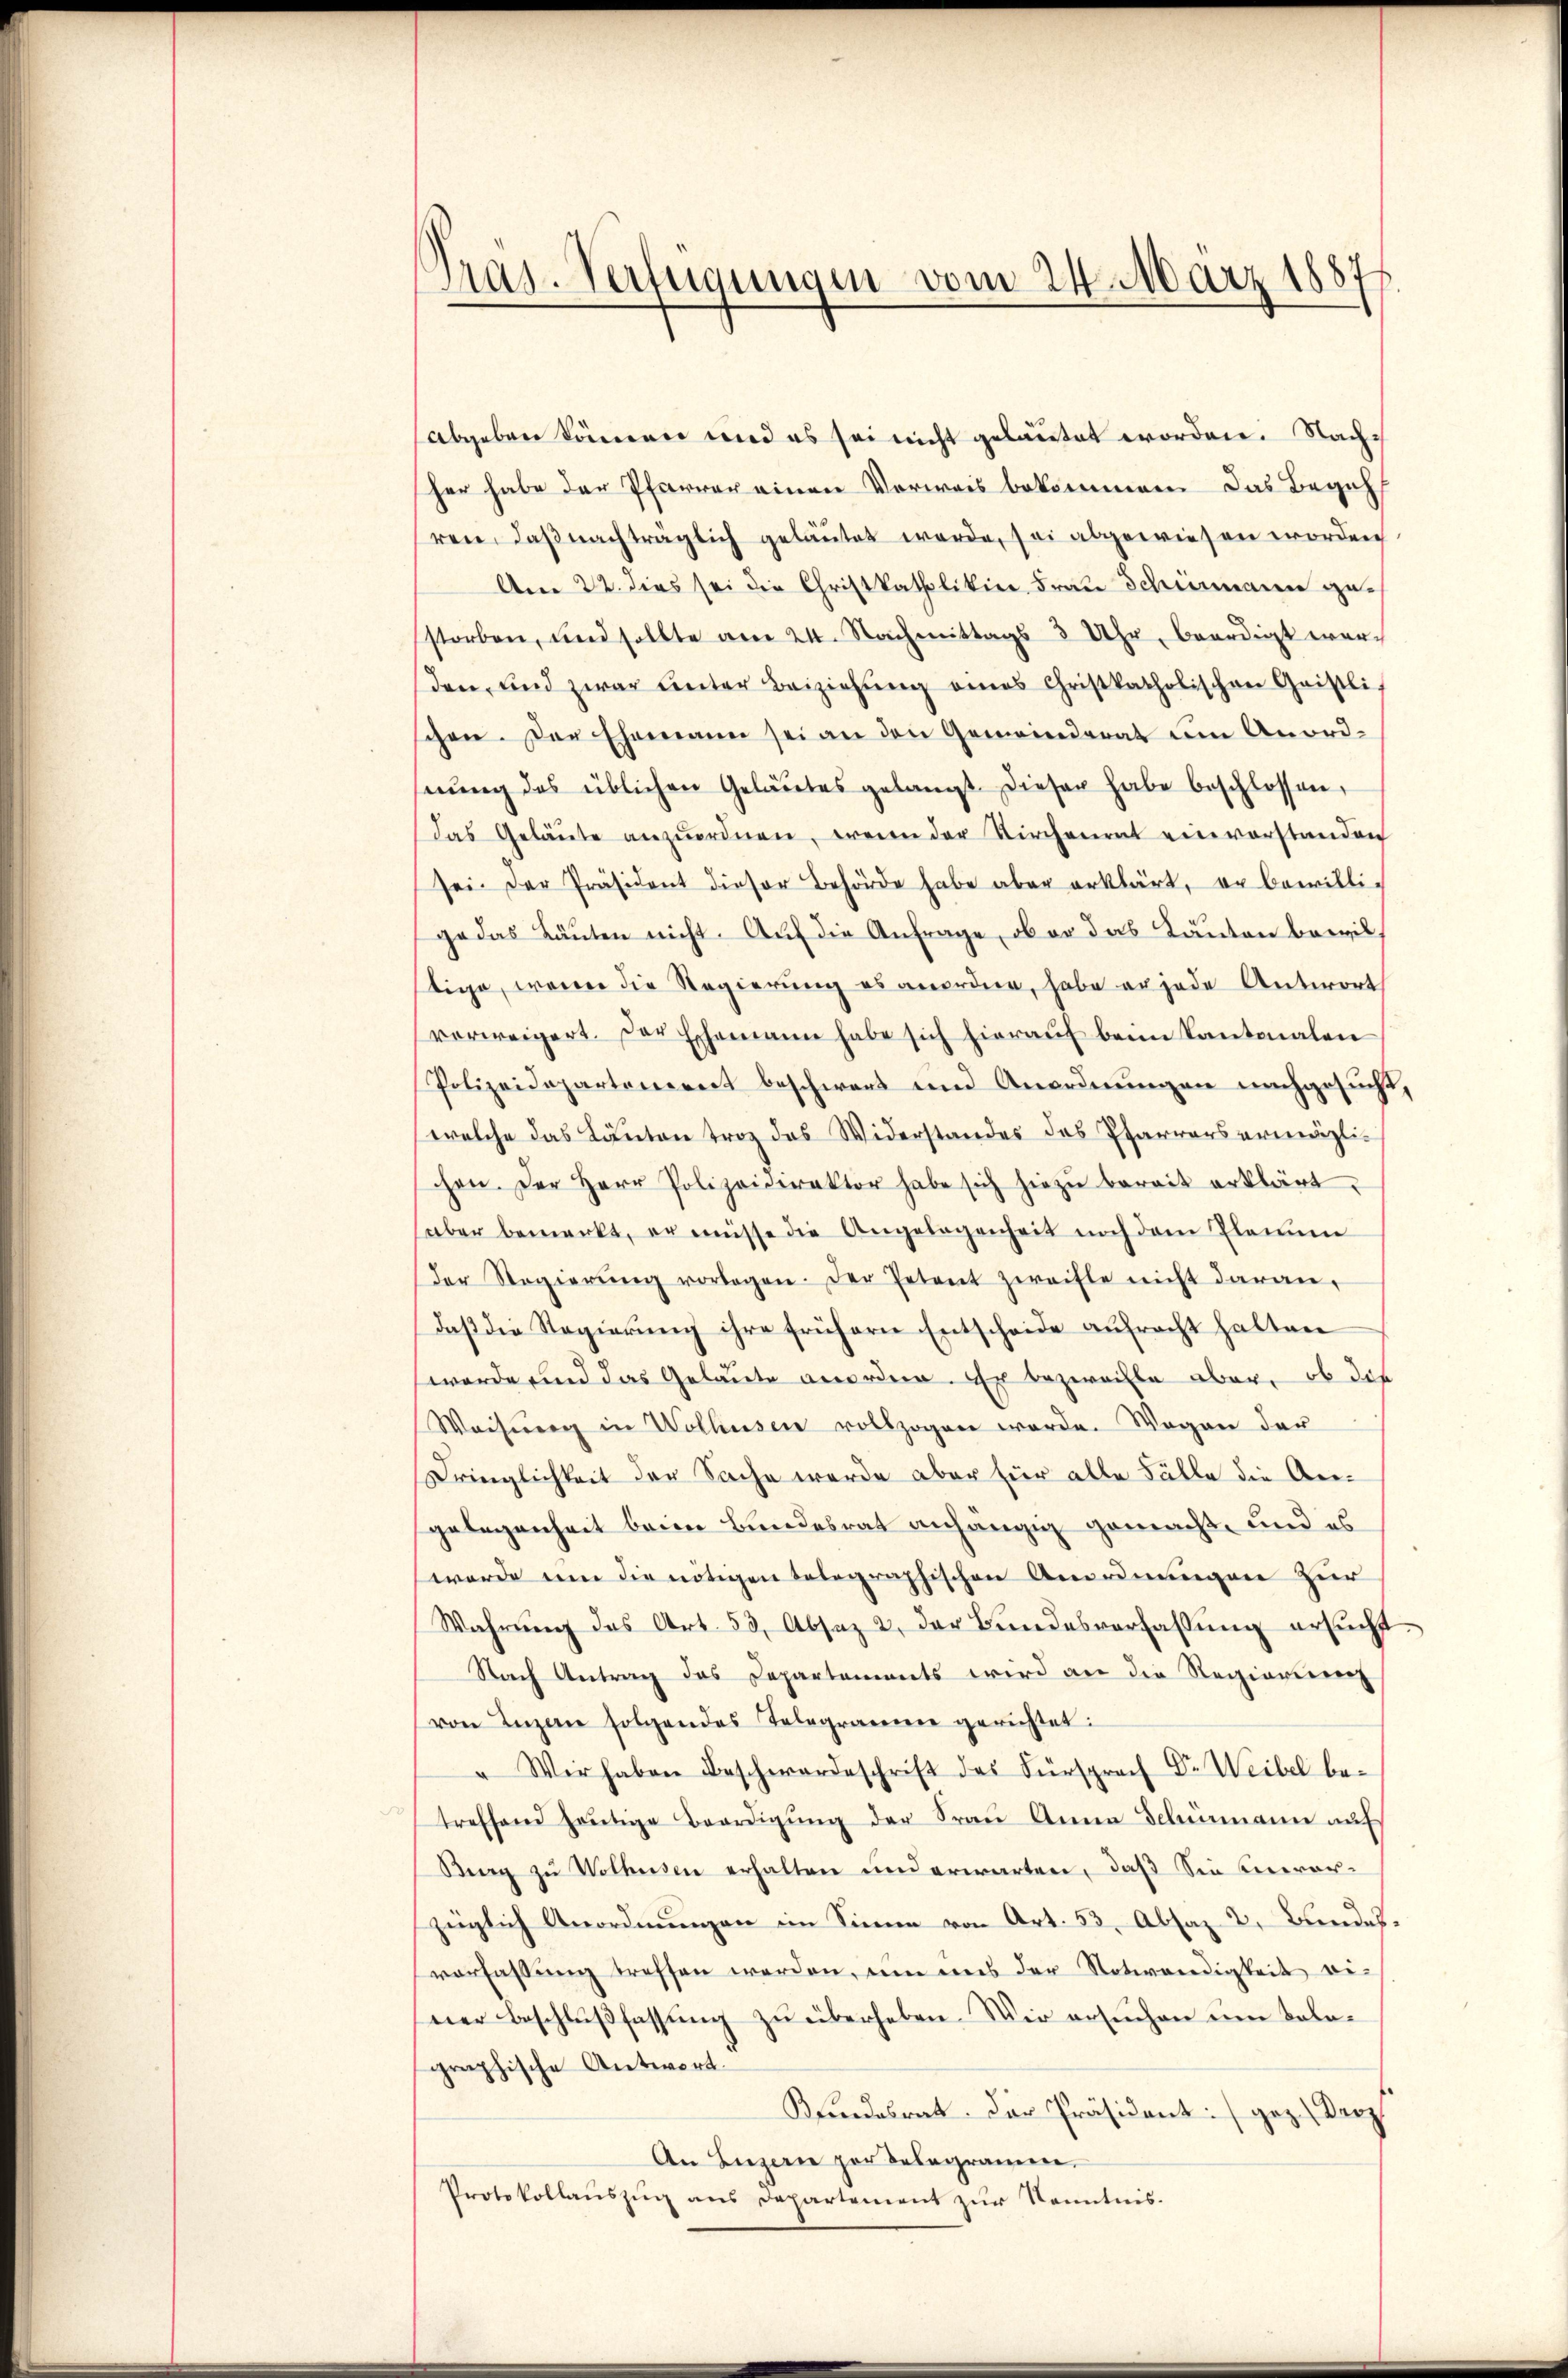
Prag. Verfügungen vom 24. März 18877.

abgeben können wird es sei nicht gelautet worden. Nach
her habe der Pfarrer einen Vorweis bekommen. Das Begehl
ren, daß nachträglich gelautet werde, sei abgewiesen worden
Am 22. dies sei die Christkatholikin Frau Schiermann gestorben, und sollte am 24. Nachmittags 3 Uhr, beerdigt wer-
den, und zwar unter Beiziehŭng eines Christkatholischen Geistli
schen. Der Ehemann sei an den Gemeindrat am Anord-
nŭng des üblichen Geläŭtes gelangt. Dieser habe beschlossen,
das Geläŭte anzŭordnen, wenn der Kirchenrat einverstanden
sei. Der Präsident dieser Behörde habe aber erklärt, er bewilli-
ge das Läuten nicht. Auf die Anfrage, ob er das Kanton bewil
stige, wenn die Regierung es anordne, habe er jede Antwort
vorweigert. Der Eschemann habe sich hierauf beim Kantonalen
Polizeidepartement beschwert und Anordnungen nachgesucht,
welche das Kanton troz des Widerstandes des Pfarrers ermöglichen. Der Herr Polizeidirektor habe sich hiezŭ bereit erklärt.
aber bemerkt, er müsse die Angelegenheit noch dem Planum
Der Regierŭng vorlagen. Der Petent zweifle nicht daran,
daβ die Regierŭng ihre frühern Entscheide aŭfracht halten
werde und das Gelaute anorden. Er bezweifle aber, ob das
Weisung in Wolhusen vollzogen werde. Wegen der
Dringlichkeit der Sache wurde aber für alle Fälle die Angelegenheit beim Bundesrat anhängig gemacht, und es
werde um die nötigen telegraphischen Anordnungen zur
Wahrŭng des Art. 53, Absaz 2 der Bŭndesverfassŭng ersŭcht.
Nach Antrag des Departements wird an die Regierung
von Ingen folgendes Telegramme gerichtet:
" Wir haben Beschwerdeschrift des Fürsprach Dr. Weibel be-
treffend heŭtige Beerdigŭng der Fraŭ Anna Schumann auf
Berg zu Wolkessen erhalten und erwarten, daß Sie hierorzüglich Anordnungen im Sinne von Art. 53, Absaz 2, Bundes.
verfassung treffen werden, um uns der Notwendigkeit ei-
ner Beschlußfassung zu überheben. Wir ersuchen um Kolographische Antwort.
Bundesrat. Der Präsident: (gez. Derz
An Luzern zur Belegramen.
Protokollauszug aus Departement zur Kenntnis.